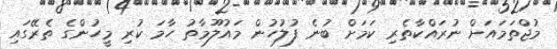
މުޖްތަމައަށް ނުރައްކާތެރި ކަމަށް ބުނެ ފުލުހުން މައުލޫމާތު ހާމަ ކުރި މީހުންގެ ތެރޭގައި